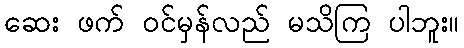
ဆေး ဖက် ဝင်မှန်လည် မသိကြ ပါဘူး။